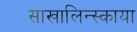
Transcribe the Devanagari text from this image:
साखालिन्स्काया